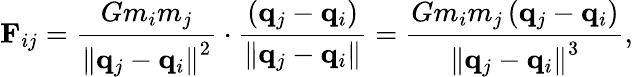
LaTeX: \mathbf{F}_{ij}={\frac{Gm_{i}m_{j}}{\left\| \mathbf{q}_{j}-\mathbf{q}_{i}\right\| ^{2}}}\cdot{\frac{\left(\mathbf{q}_{j}-\mathbf{q}_{i}\right)}{\left\| \mathbf{q}_{j}-\mathbf{q}_{i}\right\| }}={\frac{Gm_{i}m_{j}\left(\mathbf{q}_{j}-\mathbf{q}_{i}\right)}{\left\| \mathbf{q}_{j}-\mathbf{q}_{i}\right\| ^{3}}},